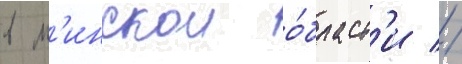
в м'инскои о́бласт'и //